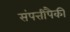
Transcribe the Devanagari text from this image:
संपत्तीपैकी